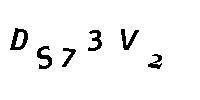
DS73V2